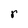
Character: r